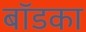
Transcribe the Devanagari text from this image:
बॉडका